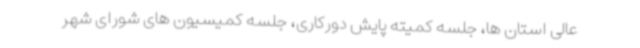
عالی استان ها، جلسه کمیته پایش دورکاری، جلسه کمیسیون های شورای شهر